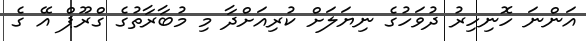
އަންނަ ހޮނިހިރު ދުވަހުގެ ނިޔަލަށް ކުރިއަށްދާ މި މުބާރާތުގެ ގްރޫޕް އޭ ގެ